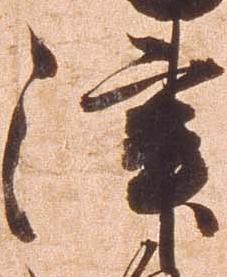
津